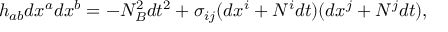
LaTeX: h _ { a b } d x ^ { a } d x ^ { b } = - N _ { \cal B } ^ { 2 } d t ^ { 2 } + \sigma _ { i j } ( d x ^ { i } + N ^ { i } d t ) ( d x ^ { j } + N ^ { j } d t ) ,